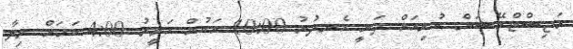
ރަޖިސްޓްރޭޝަން ކުރިއަށް ދަނީ ހެނދުނު 10:00 އަކުން ހަވީރު 4:00 ކަމަށް ވިލާ